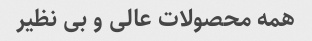
همه محصولات عالی و بی نظیر